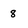
Character: 8